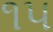
૧૫